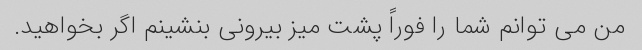
من می توانم شما را فوراً پشت میز بیرونی بنشینم اگر بخواهید.